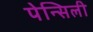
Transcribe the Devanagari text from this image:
पेन्सिली